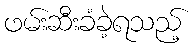
ဖမ်းဆီးခံခဲ့ရသည့်